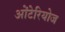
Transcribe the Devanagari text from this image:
ओंटेरियोज